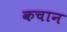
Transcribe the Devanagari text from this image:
कचान